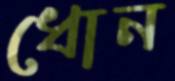
ধোন